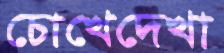
চোখেদেখা